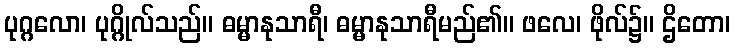
ပုဂ္ဂလော၊ ပုဂ္ဂိုလ်သည်။ ဓမ္မာနုသာရီ၊ ဓမ္မာနုသာရီမည်၏။ ဖလေ၊ ဖိုလ်၌။ ဌိတော၊